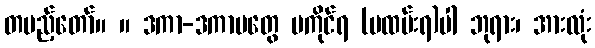
တပည့်တော်။ ။ ဒကာ-ဒကာမတွေ မကိုင်ရ (မထမ်းရ)ပါ ဘုရား၊ အားလုံး